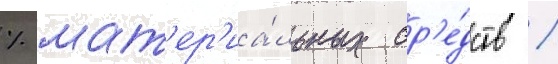
% мат'ер'иа́льных ср'е́дств /